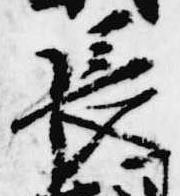
長